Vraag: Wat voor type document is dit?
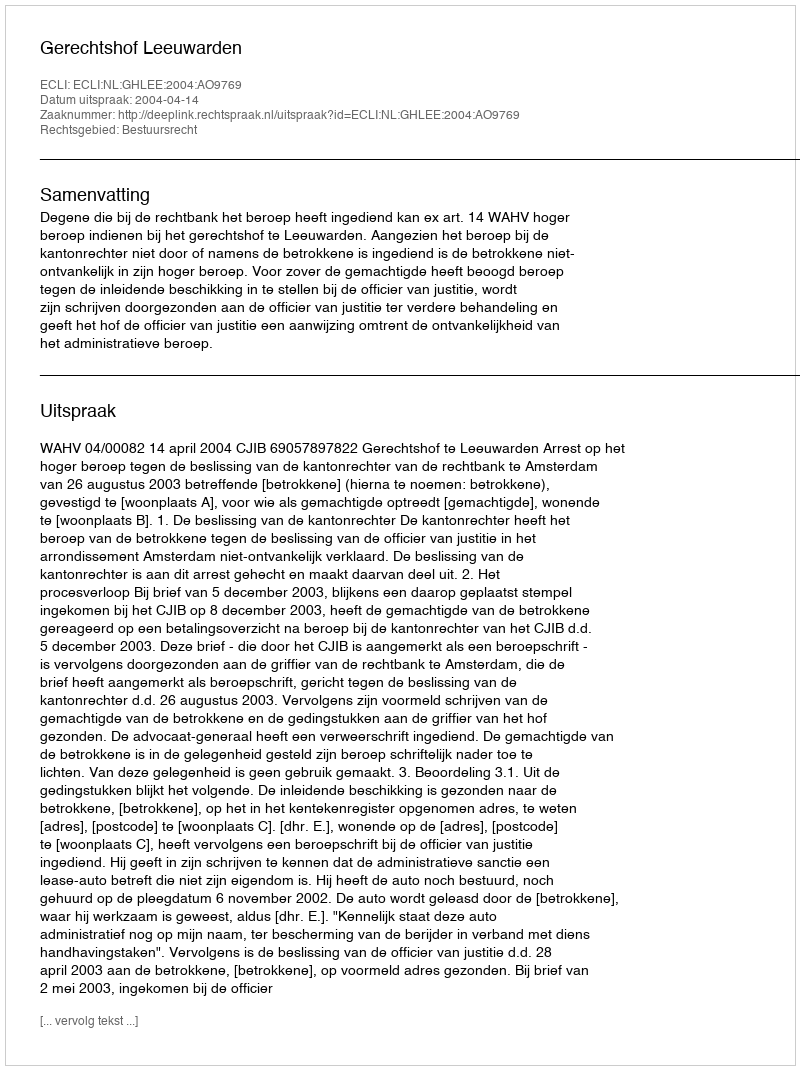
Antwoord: Uitspraak